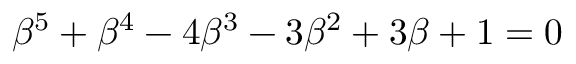
\beta ^ { 5 } + \beta ^ { 4 } - 4 \beta ^ { 3 } - 3 \beta ^ { 2 } + 3 \beta + 1 = 0